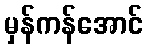
မှန်ကန်အောင်